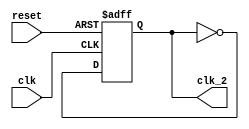
module div_2 (clk_2, clk, reset);
	input clk, reset;
	output reg clk_2;
	
	always @ (posedge clk or posedge reset)
	begin
		if (reset)
			clk_2 <= 1'b0;
		else
			clk_2 <= ~clk_2;
	end
endmodule